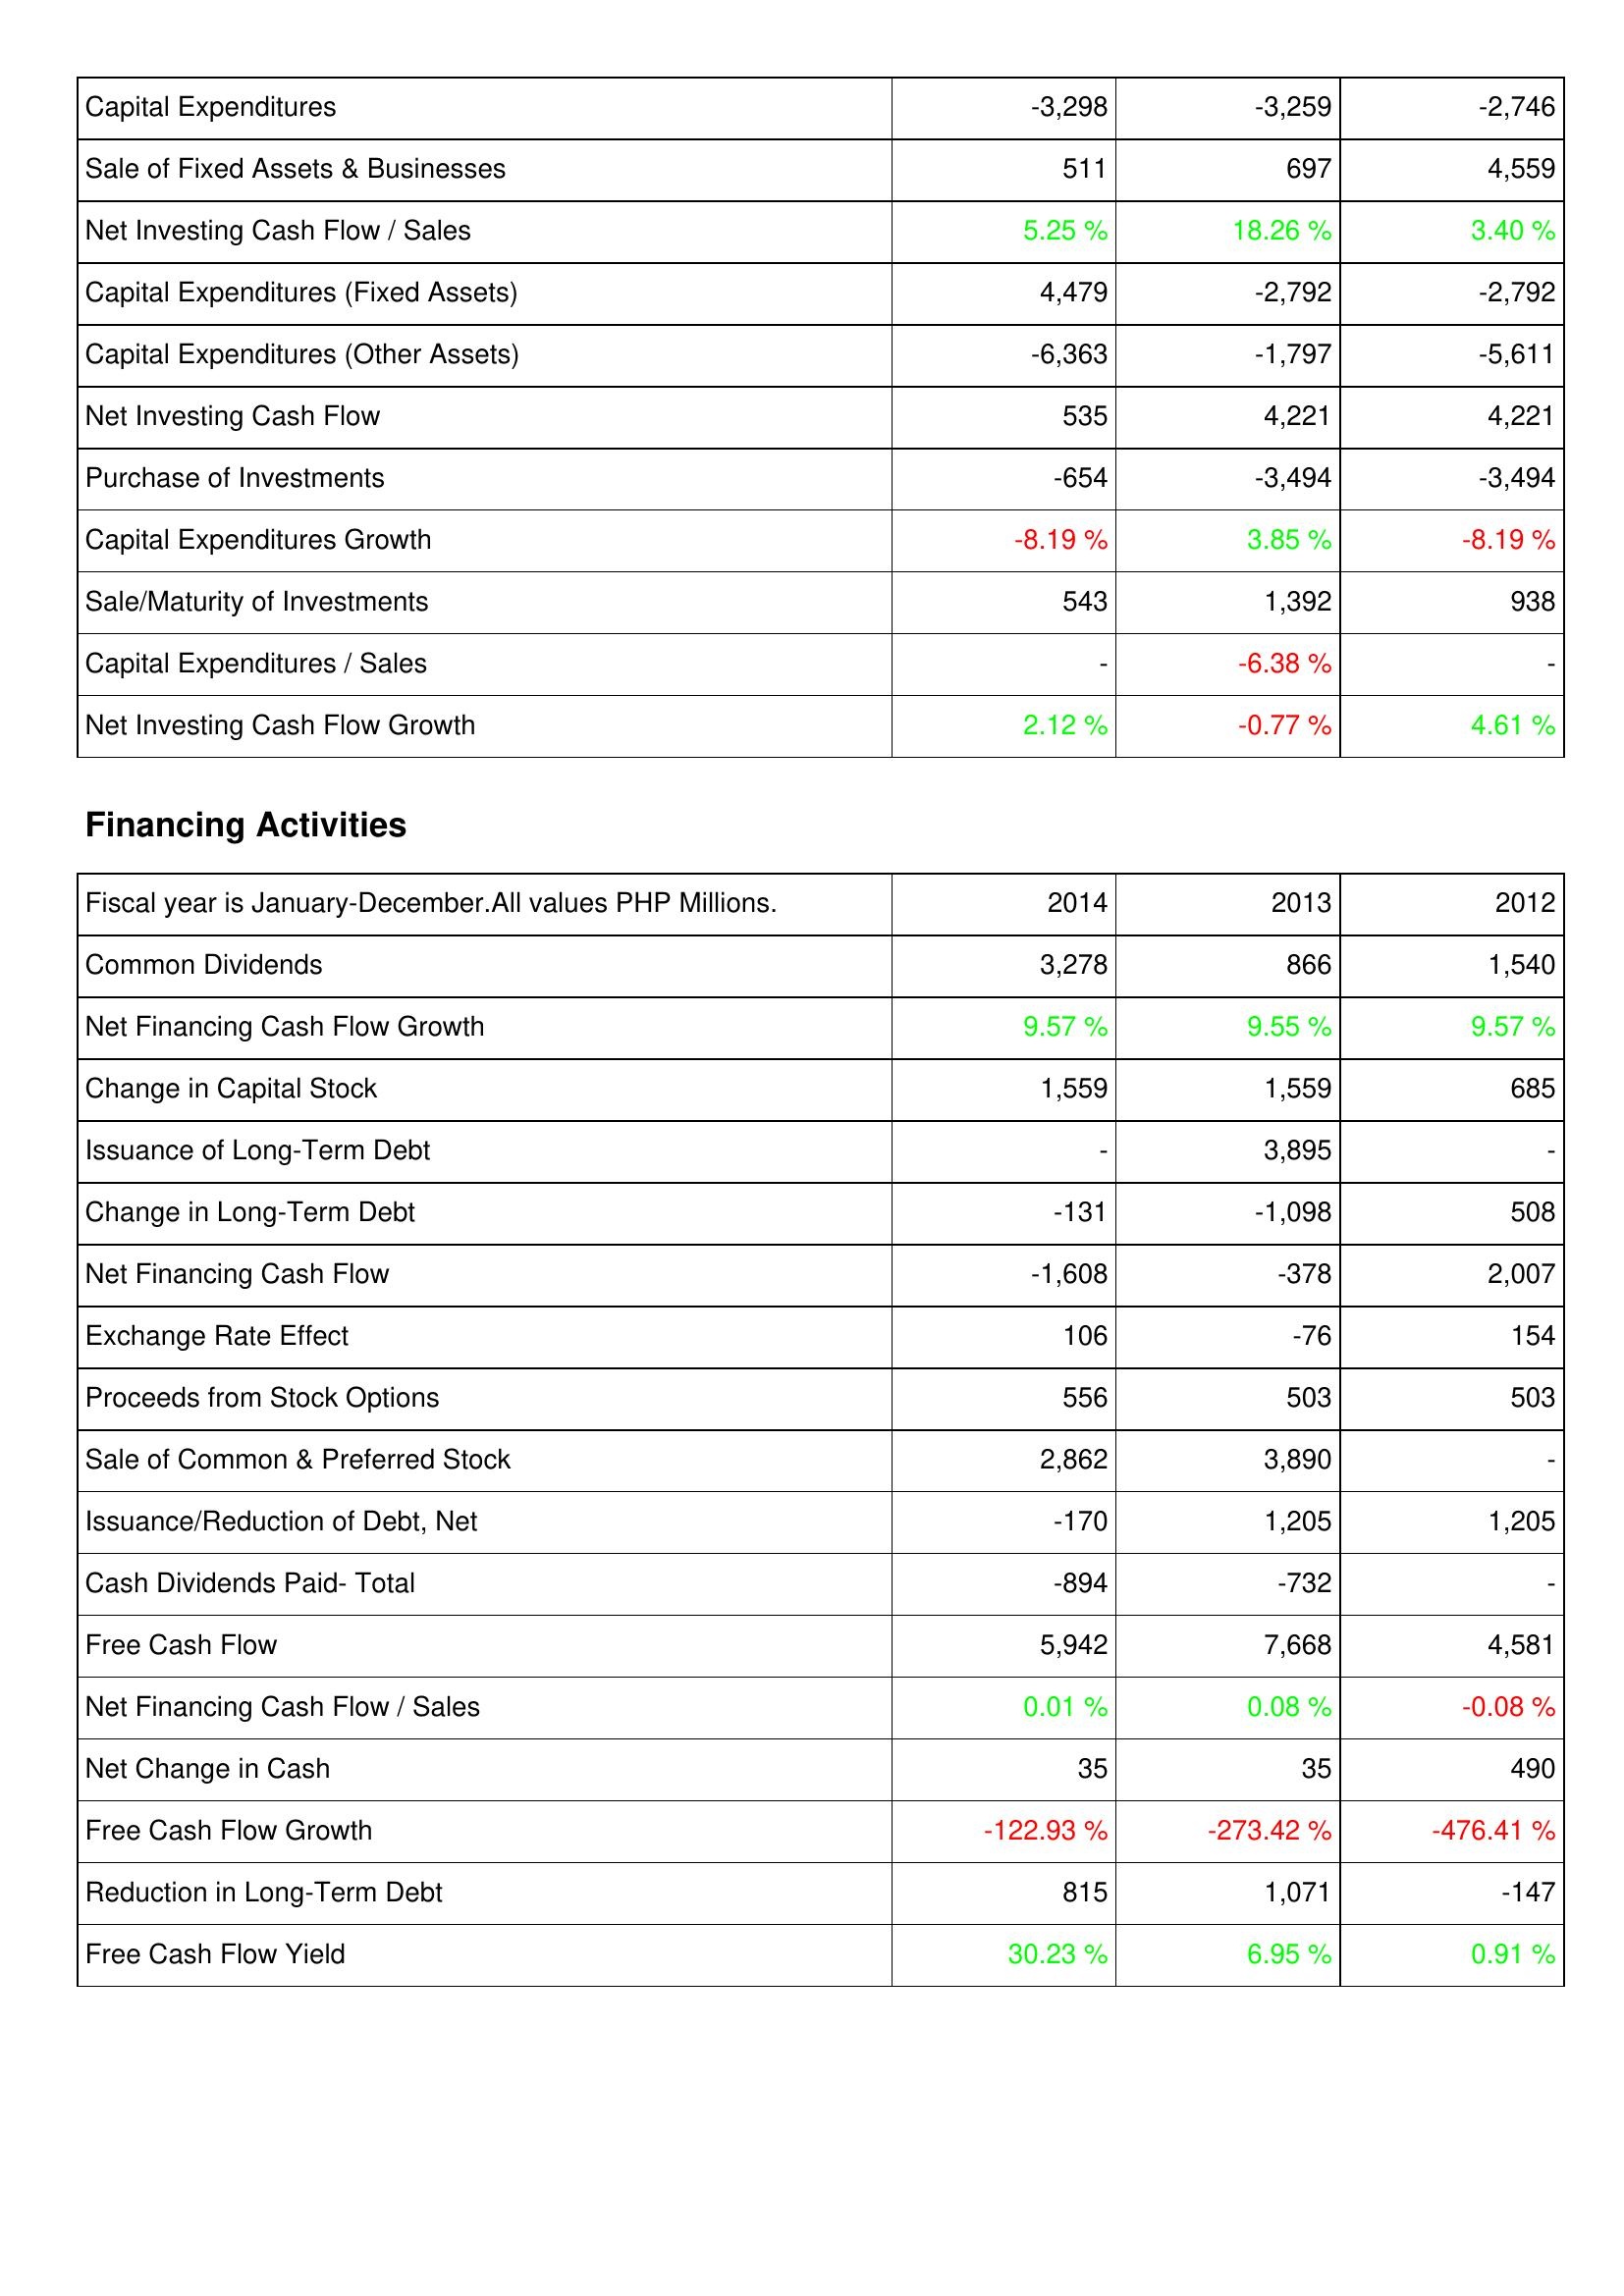
2014: Investing Activities: Capital Expenditures: -3,298
Sale of Fixed Assets & Businesses: 511
Net Investing Cash Flow / Sales: 5.25 %
Capital Expenditures (Fixed Assets): 4,479
Capital Expenditures (Other Assets): -6,363
Net Investing Cash Flow: 535
Purchase of Investments: -654
Capital Expenditures Growth: -8.19 %
Sale/Maturity of Investments: 543
Capital Expenditures / Sales: -
Net Investing Cash Flow Growth: 2.12 %
Financing Activities: Common Dividends: 3,278
Net Financing Cash Flow Growth: 9.57 %
Change in Capital Stock: 1,559
Issuance of Long-Term Debt: -
Change in Long-Term Debt: -131
Net Financing Cash Flow: -1,608
Exchange Rate Effect: 106
Proceeds from Stock Options: 556
Sale of Common & Preferred Stock: 2,862
Issuance/Reduction of Debt, Net: -170
Cash Dividends Paid- Total: -894
Free Cash Flow: 5,942
Net Financing Cash Flow / Sales: 0.01 %
Net Change in Cash: 35
Free Cash Flow Growth: -122.93 %
Reduction in Long-Term Debt: 815
Free Cash Flow Yield: 30.23 %
2013: Investing Activities: Capital Expenditures: -3,259
Sale of Fixed Assets & Businesses: 697
Net Investing Cash Flow / Sales: 18.26 %
Capital Expenditures (Fixed Assets): -2,792
Capital Expenditures (Other Assets): -1,797
Net Investing Cash Flow: 4,221
Purchase of Investments: -3,494
Capital Expenditures Growth: 3.85 %
Sale/Maturity of Investments: 1,392
Capital Expenditures / Sales: -6.38 %
Net Investing Cash Flow Growth: -0.77 %
Financing Activities: Common Dividends: 866
Net Financing Cash Flow Growth: 9.55 %
Change in Capital Stock: 1,559
Issuance of Long-Term Debt: 3,895
Change in Long-Term Debt: -1,098
Net Financing Cash Flow: -378
Exchange Rate Effect: -76
Proceeds from Stock Options: 503
Sale of Common & Preferred Stock: 3,890
Issuance/Reduction of Debt, Net: 1,205
Cash Dividends Paid- Total: -732
Free Cash Flow: 7,668
Net Financing Cash Flow / Sales: 0.08 %
Net Change in Cash: 35
Free Cash Flow Growth: -273.42 %
Reduction in Long-Term Debt: 1,071
Free Cash Flow Yield: 6.95 %
2012: Investing Activities: Capital Expenditures: -2,746
Sale of Fixed Assets & Businesses: 4,559
Net Investing Cash Flow / Sales: 3.40 %
Capital Expenditures (Fixed Assets): -2,792
Capital Expenditures (Other Assets): -5,611
Net Investing Cash Flow: 4,221
Purchase of Investments: -3,494
Capital Expenditures Growth: -8.19 %
Sale/Maturity of Investments: 938
Capital Expenditures / Sales: -
Net Investing Cash Flow Growth: 4.61 %
Financing Activities: Common Dividends: 1,540
Net Financing Cash Flow Growth: 9.57 %
Change in Capital Stock: 685
Issuance of Long-Term Debt: -
Change in Long-Term Debt: 508
Net Financing Cash Flow: 2,007
Exchange Rate Effect: 154
Proceeds from Stock Options: 503
Sale of Common & Preferred Stock: -
Issuance/Reduction of Debt, Net: 1,205
Cash Dividends Paid- Total: -
Free Cash Flow: 4,581
Net Financing Cash Flow / Sales: -0.08 %
Net Change in Cash: 490
Free Cash Flow Growth: -476.41 %
Reduction in Long-Term Debt: -147
Free Cash Flow Yield: 0.91 %